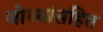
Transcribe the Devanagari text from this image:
जोश्यांसहित